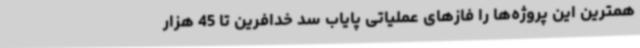
همترین این پروژه‌ها را فازهای عملیاتی پایاب سد خدافرین تا 45 هزار